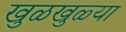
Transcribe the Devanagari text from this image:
खुळखुळ्या